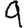
Digit: 9